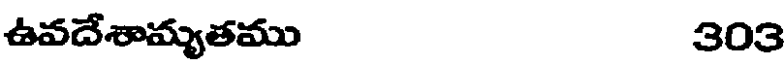
ఉవదేశామ్యతము 303